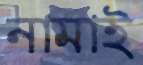
নামাই